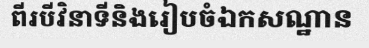
ពីរបីវិនាទីនិងរៀបចំឯកសណ្ឋាន